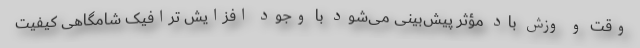
وقت و وزش باد مؤثر پیش‌بینی می‌شود با وجود افزایش ترافیک شامگاهی کیفیت